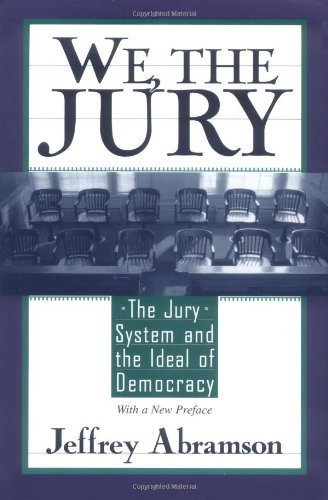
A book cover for We, the Jury: The Jury System and the Ideal of Democracy; Jeffrey Abramson; Law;